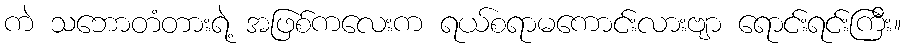
ကဲ သဘောတံတားရဲ့ အဖြစ်ကလေးက ရယ်စရာမကောင်းလားဗျာ ရောင်းရင်းကြီး။